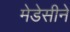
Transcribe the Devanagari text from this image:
मेडेसीने